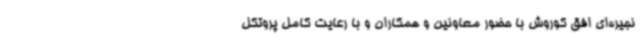
نجیره‌ای افق کوروش با حضور معاونین و همکاران و با رعایت کامل پروتکل